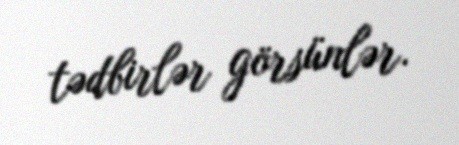
tədbirlər görsünlər.